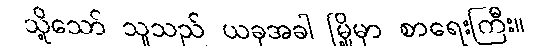
သို့သော် သူသည် ယခုအခါ မြို့မှာ စာရေးကြီး။